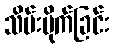
သိမ်းပိုက်ခြင်း